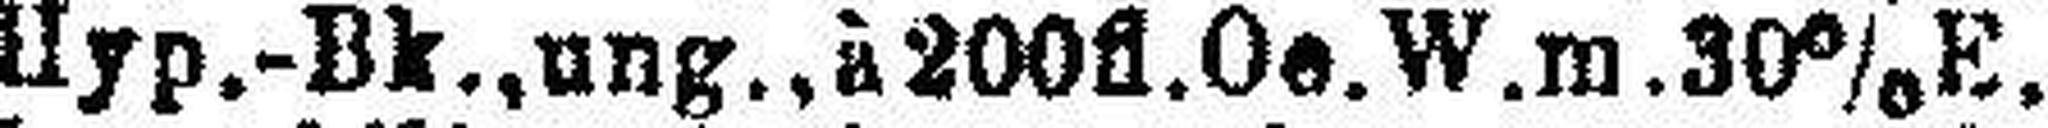
Hyp.-Bk., ung., à 200fl. Oe. W. m. 30% E.